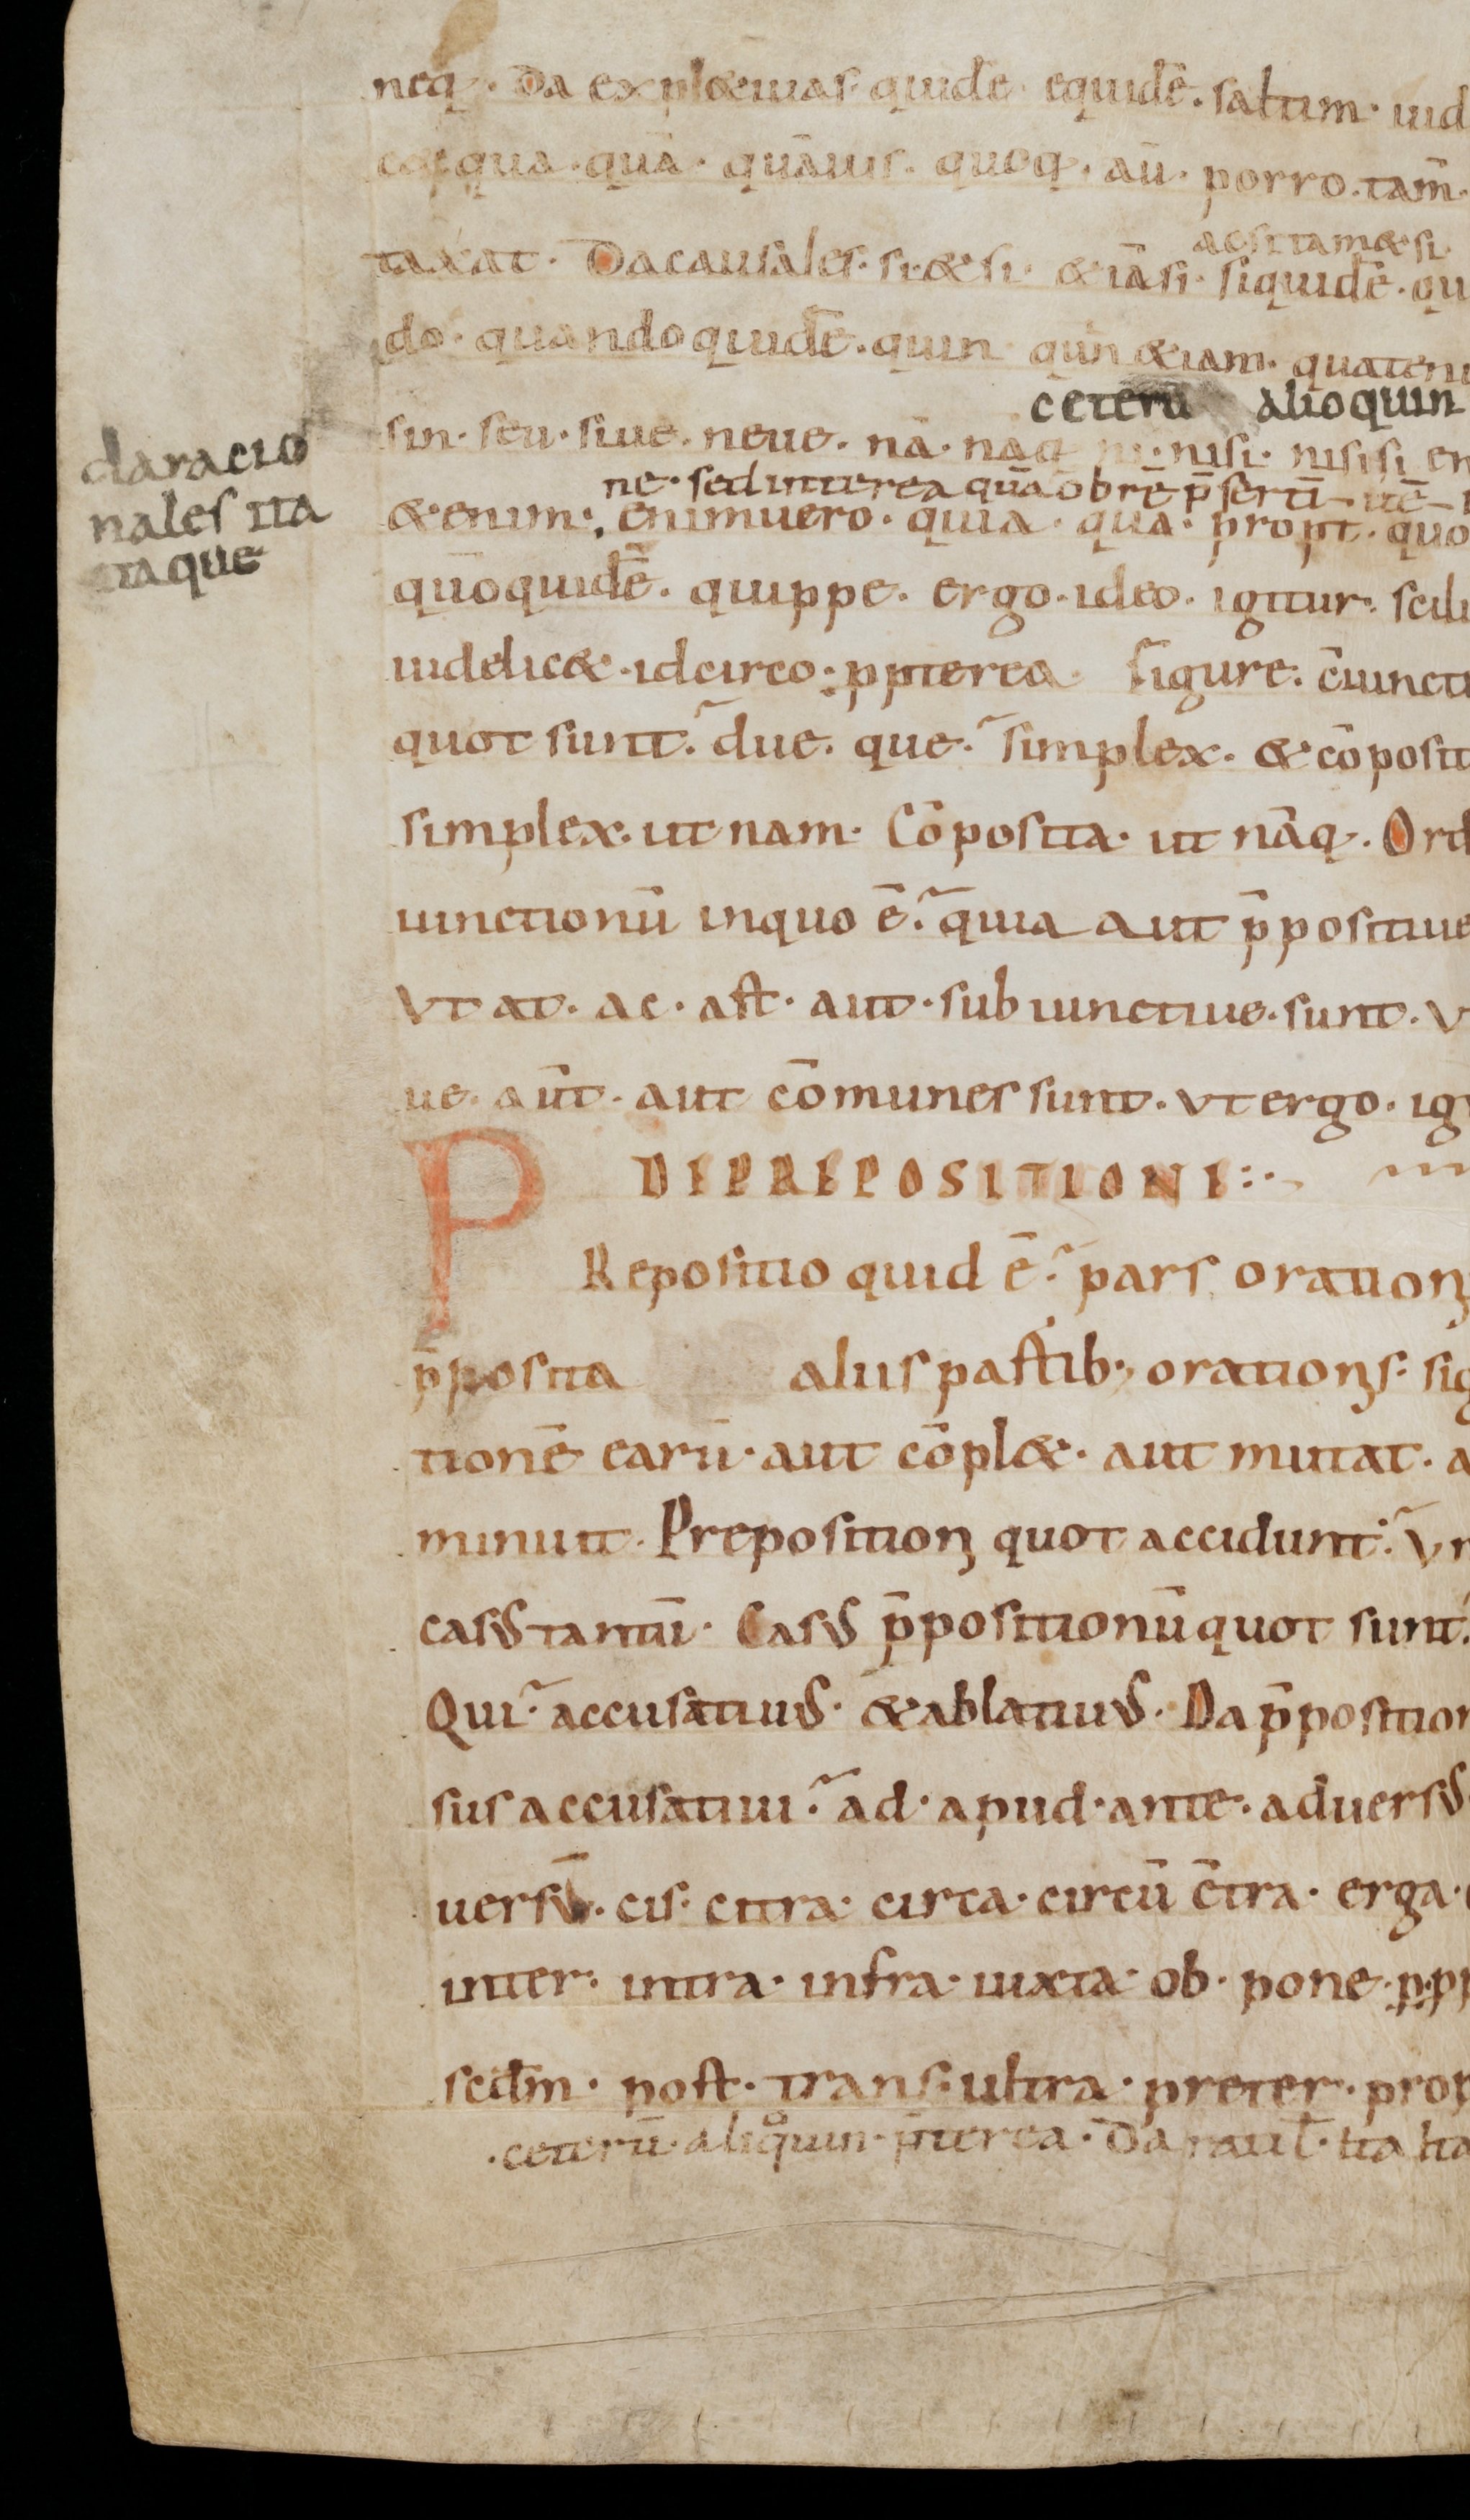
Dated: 800–899